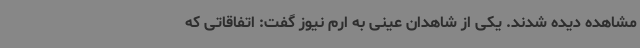
مشاهده دیده شدند. یکی از شاهدان عینی به ارم نیوز گفت: اتفاقاتی که